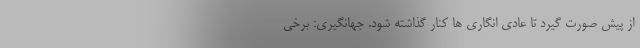
از پیش صورت گیرد تا عادی انگاری ها کنار گذاشته شود. جهانگیری: برخی